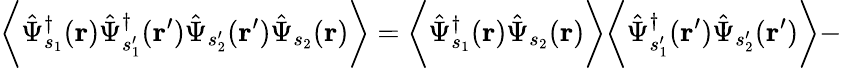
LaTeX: \biggl\langle\hat{\Psi}_{s_{1}}^{\dagger}(\mathbf{r})\hat{\Psi}_{s_{1}^{\prime}}^{\dagger}(\mathbf{r^{\prime}})\hat{\Psi}_{s_{2}^{\prime}}(\mathbf{r^{\prime}})\hat{\Psi}_{s_{2}}(\mathbf{r})\biggr\rangle=\biggl\langle\hat{\Psi}_{s_{1}}^{\dagger}(\mathbf{r})\hat{\Psi}_{s_{2}}(\mathbf{r})\biggr\rangle\biggl\langle\hat{\Psi}_{s_{1}^{\prime}}^{\dagger}(\mathbf{r^{\prime}})\hat{\Psi}_{s_{2}^{\prime}}(\mathbf{r^{\prime}})\biggr\rangle-